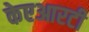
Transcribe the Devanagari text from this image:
केएआरटी